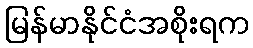
မြန်မာနိုင်ငံအစိုးရက